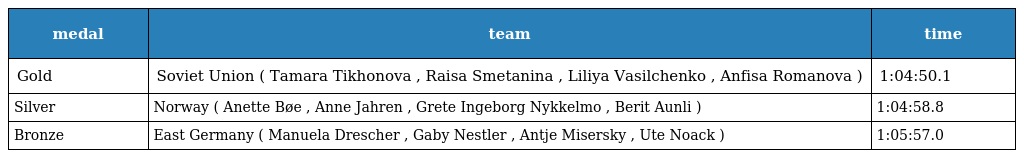
| medal | team | time |
 | --- | --- | --- |
 | Gold | Soviet Union ( Tamara Tikhonova , Raisa Smetanina , Liliya Vasilchenko , Anfisa Romanova ) | 1:04:50.1 |
 | Silver | Norway ( Anette Bøe , Anne Jahren , Grete Ingeborg Nykkelmo , Berit Aunli ) | 1:04:58.8 |
 | Bronze | East Germany ( Manuela Drescher , Gaby Nestler , Antje Misersky , Ute Noack ) | 1:05:57.0 |